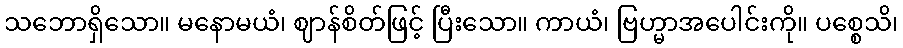
သဘောရှိသော။ မနောမယံ၊ ဈာန်စိတ်ဖြင့် ပြီးသော။ ကာယံ၊ ဗြဟ္မာအပေါင်းကို။ ပစ္စေသိ၊